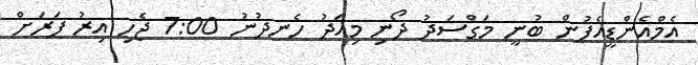
އެމްއެންޑީއެފުން ބުނީ މަގްސަދު ދޯނި މިއަދު ހެނދުނު 7:00 ޖެހި އިރު ފަރަށް